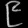
Digit: ၉